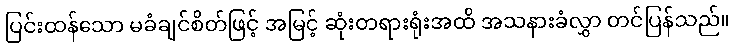
ပြင်းထန်သော မခံချင်စိတ်ဖြင့် အမြင့် ဆုံးတရားရုံးအထိ အသနားခံလွှာ တင်ပြန်သည်။